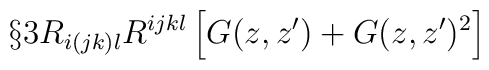
\S{3} R_{i(jk)l} R^{ijkl} \left[ G(z,z') + G(z,z')^2\right]